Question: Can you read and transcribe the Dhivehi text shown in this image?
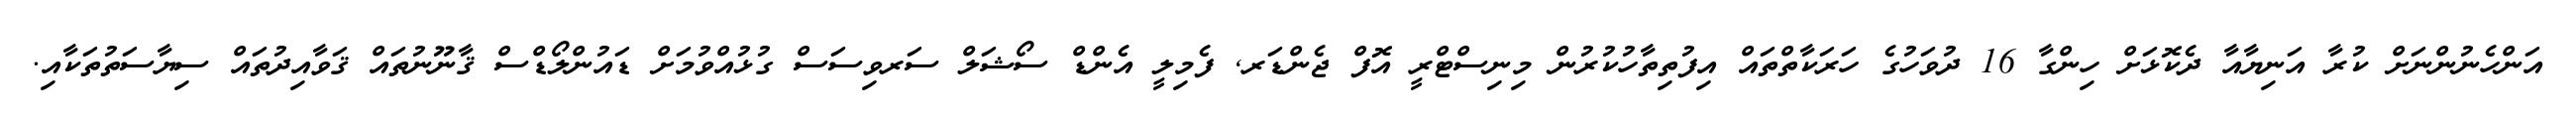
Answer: އަންހެނުންނަށް ކުރާ އަނިޔާއާ ދެކޮޅަށް ހިންގާ 16 ދުވަހުގެ ހަރަކާތްތައް އިފުތިތާހުކުރުން މިނިސްޓްރީ އޮފް ޖެންޑަރ, ފެމިލީ އެންޑް ސޯޝަލް ސަރވިސަސް ގުޅުއްވުމަށް ޑައުންލޯޑްސް ޤާނޫނުތައް ޤަވާއިދުތައް ސިޔާސަތުތަކާއި.